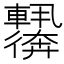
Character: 𬨀